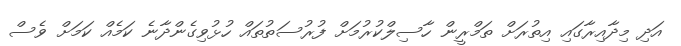
އަދި މިދާއިރާގައި އިތުރަށް ތަމްރީން ހާސިލްކުރުމަށް ފުރުސަތުތައް ހުޅުވިގެންދާނެ ކަމެއް ކަމަށް ވެސް